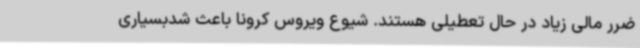
ضرر مالی زیاد در حال تعطیلی هستند. شیوع ویروس کرونا باعث شدبسیاری